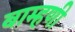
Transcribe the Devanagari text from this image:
बाम्हणी